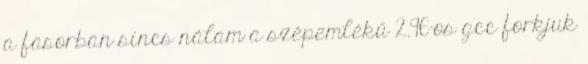
a fasorban sincs nálam a szépemlékű 2.96-os gcc forkjuk